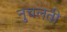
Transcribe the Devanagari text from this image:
नुचलती